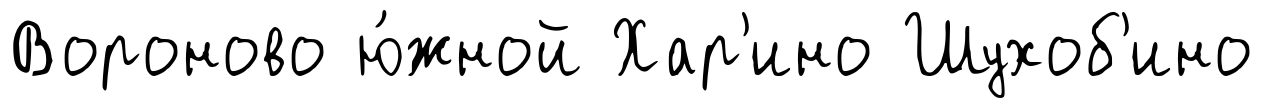
Вороново ю́жной Хар'ино Шухоб'ино